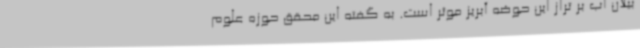
بیلان آب بر تراز این حوضه آبریز موثر است. به گفته این محقق حوزه علوم